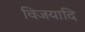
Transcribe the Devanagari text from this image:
विजयादि